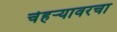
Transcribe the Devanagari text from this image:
चेहऱ्यावरचा